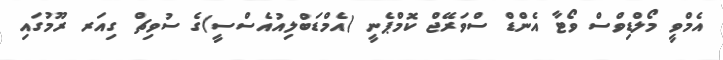
އެމްވީ މޯލްޑިވްސް ވޯޓާ އެންޑް ސްވަރޭޖް ކޮމްޕެނީ (އެމްޑަބްލިއުއެސްސީ)ގެ ސުވިޗް ގިއަރ ރޫމުގައި